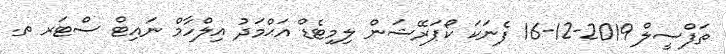
ތަފްސީލް 2019-12-16 ފެނަކަ ކޯޕަރޭޝަން ލިމިޓެޑް އަޙްމަދު އިލްހާމް ނައިޓް ސްޓަރ ތ.